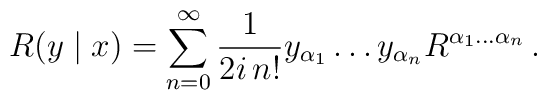
R(y\mid x)=\sum_{n=0}^{\infty}\frac{1}{2i\,n!}y_{\alpha_1}\ldots y_{\alpha_n}R^{\alpha_1\ldots\alpha_n}\,.